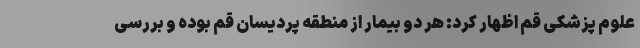
علوم پزشکی قم اظهار کرد: هر دو بیمار از منطقه پردیسان قم بوده و بررسی